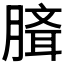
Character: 𰯉